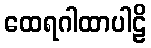
ထေရဂါထာပါဠိ